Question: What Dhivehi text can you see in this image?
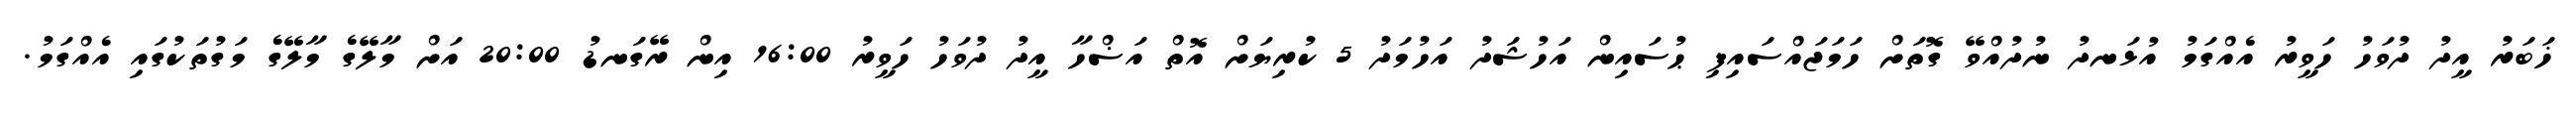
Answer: ޚަބަރު އީދު ދުވަހު ހަވީރު އެއްގަމު އުޅަނދު ނުދުއްވޭ ގޮތަށް ހަމަޖައްސައިފި ޙުސައިން އަހުޝަދު އަހުމަދު 5 ކުރިޔަށް އޮތް އަޟްހާ އީދު ދުވަހު ހަވީރު 16:00 އިން ރޭގަނޑު 20:00 އަށް މާލޭގެ މާލޭގެ މަގުތަކުގައި އެއްގަމު.